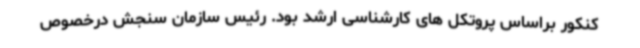
کنکور براساس پروتکل های کارشناسی ارشد بود. رئیس سازمان سنجش درخصوص